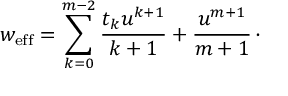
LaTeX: w _ { \mathrm { e f f } } = \sum _ { k = 0 } ^ { m - 2 } { \frac { t _ { k } u ^ { k + 1 } } { k + 1 } } + { \frac { u ^ { m + 1 } } { m + 1 } } \, \cdotp